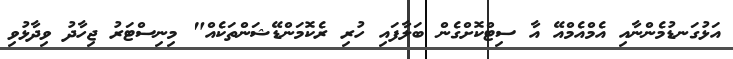
އަޅުގަނޑުމެންނާއި އެމްއެމްއޭ އާ ސިޓްކޮށްގެން ބަލާފައި ހުރި ރެކޮމަންޑޭޝަންތަކެއް" މިނިސްޓަރު ޖިހާދު ވިދާޅުވި